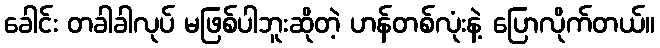
ခေါင်း တခါခါလုပ် မဖြစ်ပါဘူးဆိုတဲ့ ဟန်တစ်လုံးနဲ့ ပြောလိုက်တယ်။